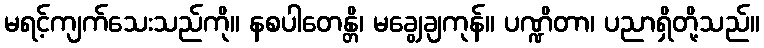
မရင့်ကျက်သေးသည်ကို။ နစပါတေန္တိ၊ မချွေချကုန်။ ပဏ္ဍိတာ၊ ပညာရှိတို့သည်။